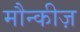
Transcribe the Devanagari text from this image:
मौन्कीज़